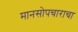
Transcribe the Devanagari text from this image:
मानसोपचाराचा